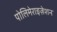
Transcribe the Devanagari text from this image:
पोलिमेराइज़ेशन